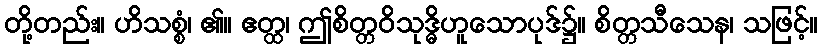
တို့တည်း။ ဟိသစ္စံ၊ ၏။ ဧတ္ထ၊ ဤစိတ္တဝိသုဒ္ဓိဟူသောပုဒ်၌။ စိတ္တသီသေန၊ သဖြင့်။